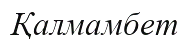
Қалмамбет